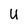
Character: U